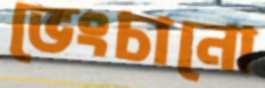
ভেংচানো